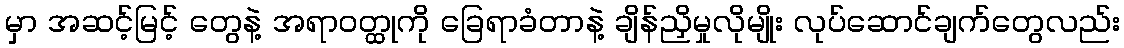
မှာ အဆင့်မြင့် တွေနဲ့ အရာဝတ္ထုကို ခြေရာခံတာနဲ့ ချိန်ညှိမှုလိုမျိုး လုပ်ဆောင်ချက်တွေလည်း